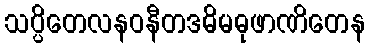
သပ္ပိတေလနဝနီတဒဓိမဓုဖာဏိတေန